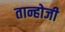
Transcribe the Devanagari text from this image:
तान्होजी